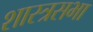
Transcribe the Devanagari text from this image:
शास्त्रसभा